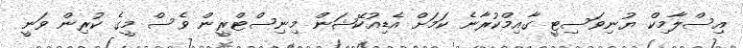
އިސްލާމިކް ޔުނިވަސިޓީ ގާއިމްކުރާނެ ކަމަށް އެޑިއުކޭޝަން މިނިސްޓްރީން ވެސް މީގެ ކުރިން ވަނީ